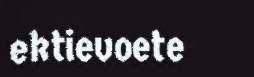
ektievoete